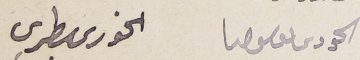
الحورى ىوسف حنا  الحورى بطرس